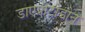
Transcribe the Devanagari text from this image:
डाएप्रोटोडोन